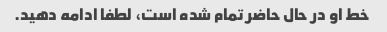
خط او در حال حاضر تمام شده است، لطفا ادامه دهید.